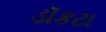
ડૉકટા